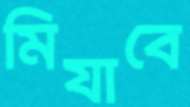
মিযাবে